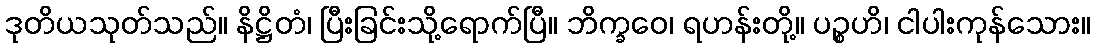
ဒုတိယသုတ်သည်။ နိဋ္ဌိတံ၊ ပြီးခြင်းသို့ရောက်ပြီ။ ဘိက္ခဝေ၊ ရဟန်းတို့။ ပဉ္စဟိ၊ ငါပါးကုန်သေား။